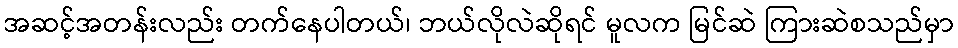
အဆင့်အတန်းလည်း တက်နေပါတယ်၊ ဘယ်လိုလဲဆိုရင် မူလက မြင်ဆဲ ကြားဆဲစသည်မှာ